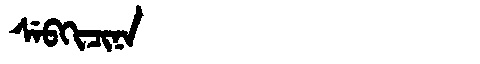
Manchu: ᠰᡝᠪᡴᡳᠴᡳᠨᠠ
Romanization: SEBKICINA